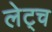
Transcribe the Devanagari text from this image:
लेट्च